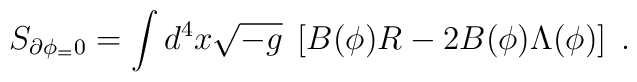
S_{\partial \phi_=0}= \int d^4x \sqrt{-g}\; \left[ B(\phi)R -2B(\phi) \Lambda(\phi) \right]\;.